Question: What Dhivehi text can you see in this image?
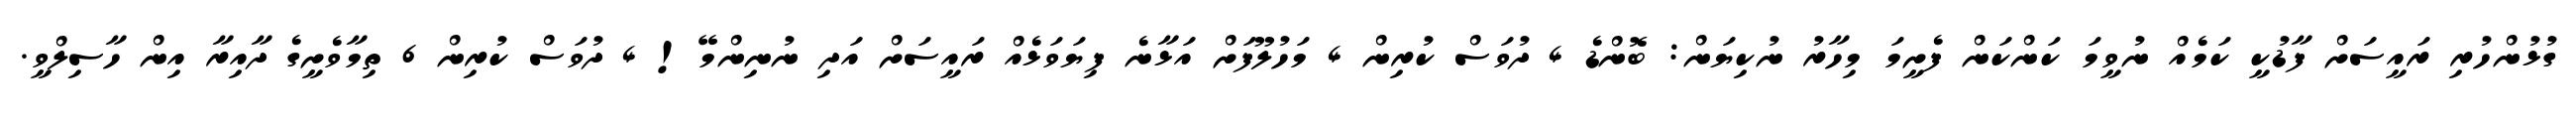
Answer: ގުޅުންހުރި ރައީސަށް ފާޑުކީ ކަމެއް ނުވީމަ ކަންކަން ފެށީމަ މިހާރު ނުކިޔަން: ބޮންޑެ 4 ދުވަސް ކުރިން 4 މަހުލޫފަށް އަޅާނެ ފިޔަވަޅެއް ރައީސަށް އަދި ނުނިންމޭ! 4 ދުވަސް ކުރިން 6 ތިމާވެށީގެ ދާއިރާ އިން ހާސިލްވީ.